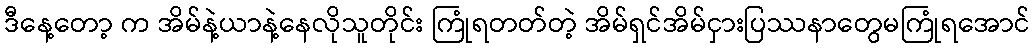
ဒီနေ့တော့ က အိမ်နဲ့ယာနဲ့နေလိုသူတိုင်း ကြုံရတတ်တဲ့ အိမ်ရှင်အိမ်ငှားပြဿနာတွေမကြုံရအောင်